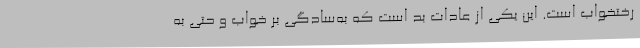
رختخواب است. این یکی از عادات بد است که به‌سادگی بر خواب و حتی به